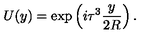
U ( y ) = \exp \left( i \tau ^ { 3 } \frac { y } { 2 R } \right) .